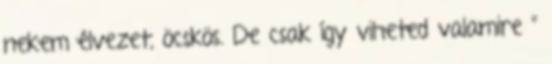
nekem élvezet, öcskös. De csak így viheted valamire ”